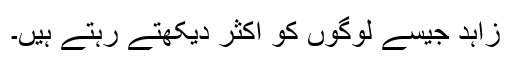
زاہد جیسے لوگوں کو اکثر دیکھتے رہتے ہیں۔